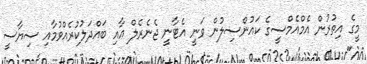
މީގެ އިތުރުން އެމްއެމްސީގެ ކައުންސިލުން ވަނީ އެޓާނީ ޖެނެރެލް އާއި ބައްދަލުކުރެއްވުމާއި ސިޔާސީ